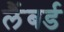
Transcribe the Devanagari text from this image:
लैंबर्ड